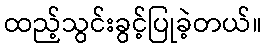
ထည့်သွင်းခွင့်ပြုခဲ့တယ်။